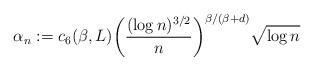
LaTeX: \begin{align*} \alpha_n := c_6(\beta,L) \biggl(\frac{(\log n)^{3/2}}{n} \biggr)^{{\beta}/ {(\beta+d)}} \sqrt{\log n}\end{align*}